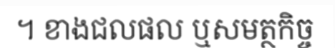
។ ខាងជលផល ឬសមត្ថកិច្ច